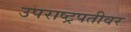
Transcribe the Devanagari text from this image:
उपराष्ट्रपतीवर